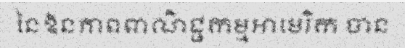
នៃឱនភាពពាណិជ្ជកម្មអាមេរិក បាន